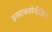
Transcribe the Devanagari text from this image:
इनसाक्लोपीडिया